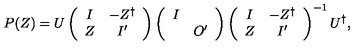
P ( Z ) = U \left( \begin{array} { c c } { I } & { - Z ^ { \dag } } \\ { Z } & { I ^ { \prime } } \\ \end{array} \right) \left( \begin{array} { c c } { I } & { } \\ { } & { O ^ { \prime } } \\ \end{array} \right) \left( \begin{array} { c c } { I } & { - Z ^ { \dag } } \\ { Z } & { I ^ { \prime } } \\ \end{array} \right) ^ { - 1 } U ^ { \dag } ,